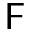
\sf { F }